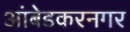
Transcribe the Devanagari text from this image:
आंबेडकरनगर